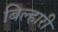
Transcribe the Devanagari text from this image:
बिल्हारी